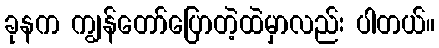
ခုနက ကျွန်တော်ပြောတဲ့ထဲမှာလည်း ပါတယ်။